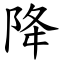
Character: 降